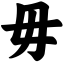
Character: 毋